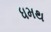
ધમથ